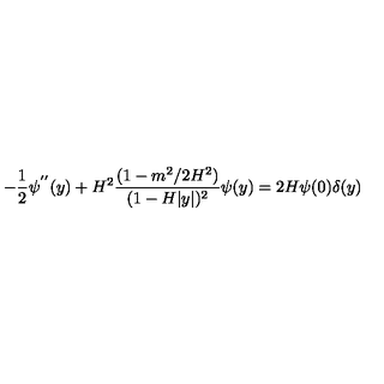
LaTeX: - \frac { 1 } { 2 } \psi ^ { ' ^ { \prime } } ( y ) + H ^ { 2 } \frac { ( 1 - m ^ { 2 } / 2 H ^ { 2 } ) } { ( 1 - H | y | ) ^ { 2 } } \psi ( y ) = 2 H \psi ( 0 ) \delta ( y )